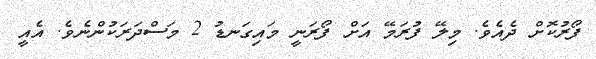
ފޯރުކޮށް ދެއެވެ. މިލޭ ފުރަމޭ އަށް ފޯރަނީ މައިގަނޑު 2 މަސްދަރަކުންނެވެ. އެއީ